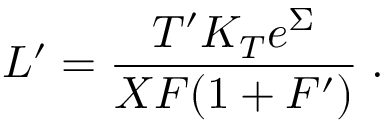
L ^ { \prime } = \frac { T ^ { \prime } K _ { T } e ^ { \Sigma } } { X F ( 1 + F ^ { \prime } ) } \; .